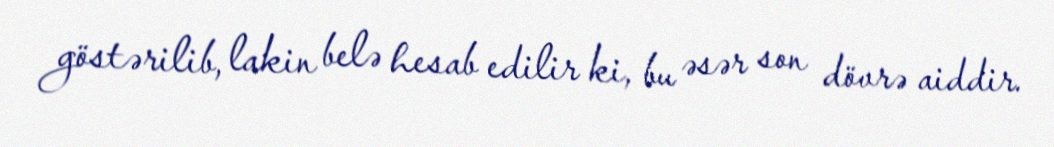
göstərilib, lakin belə hesab edilir ki, bu əsər son dövrə aiddir.